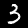
Label: 3